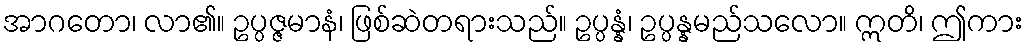
အာဂတော၊ လာ၏။ ဥပ္ပဇ္ဇမာနံ၊ ဖြစ်ဆဲတရားသည်။ ဥပ္ပန္နံ၊ ဥပ္ပန္နမည်သလော။ ဣတိ၊ ဤကား